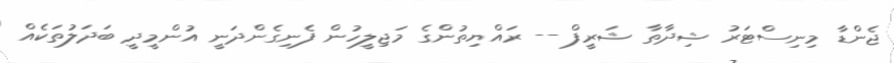
ޖެންޑާ މިނިސްޓަރު ޝިދާތާ ޝަރީފް -- ރައްޔިތުންގެ މަޖިލީހުން ފެނިގެންދަނީ އުންމީދީ ބަދަލުތަކެއް